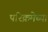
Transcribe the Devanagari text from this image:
परिक्रमेच्या